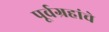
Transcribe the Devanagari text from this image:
पूर्वग्रहांचे